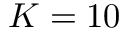
K = 1 0